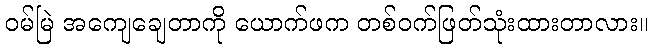
ဝမ်မြဲ အကျေချေတာကို ယောက်ဖက တစ်ဝက်ဖြတ်သုံးထားတာလား။